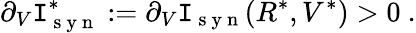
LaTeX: \partial_{V}\mathtt{I}_{\mathrm{{~s~y~n~}}}^{*}:=\partial_{V}\mathtt{I}_{\mathrm{{~s~y~n~}}}(R^{*},V^{*})>0\ .